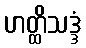
ဟတ္ထိသဒ္ဒံ